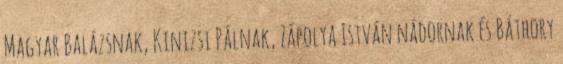
Magyar Balázsnak, Kinizsi Pálnak, Zápolya István nádornak és Báthory